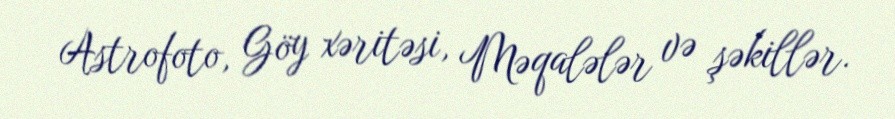
Astrofoto, Göy xəritəsi, Məqalələr və şəkillər.